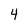
Character: 4